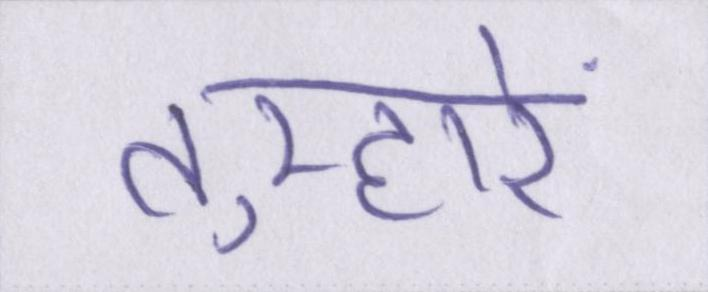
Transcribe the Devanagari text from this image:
तुम्हारे